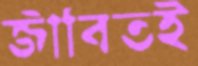
জীবিতই